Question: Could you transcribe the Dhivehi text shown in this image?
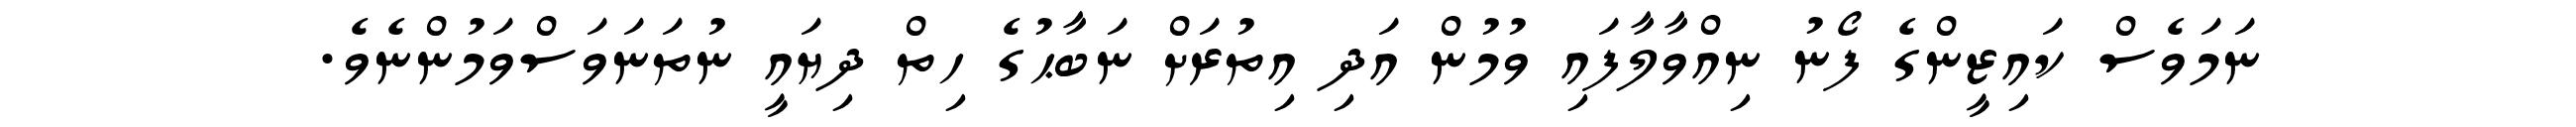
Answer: ނަމަވެސް ކައިޒީންގެ ފޯނު ނިއްވާލާފައި ވުމުން އަދި އިތުރަށް ނަބާޙުގެ ހިތް ދިޔައީ ނުތަނަވަސްވަމުންނެވެ.